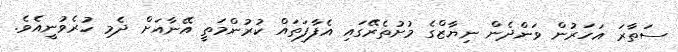
ސަތާރަ އަހަރުން ވަންދެން ނިޔާޒްގެ މުށުތެރޭގައި އެފާފަތައް ކުރުންމަތީ އޭނާއަށް ދެމި ހުރެވުނީއެވެ.